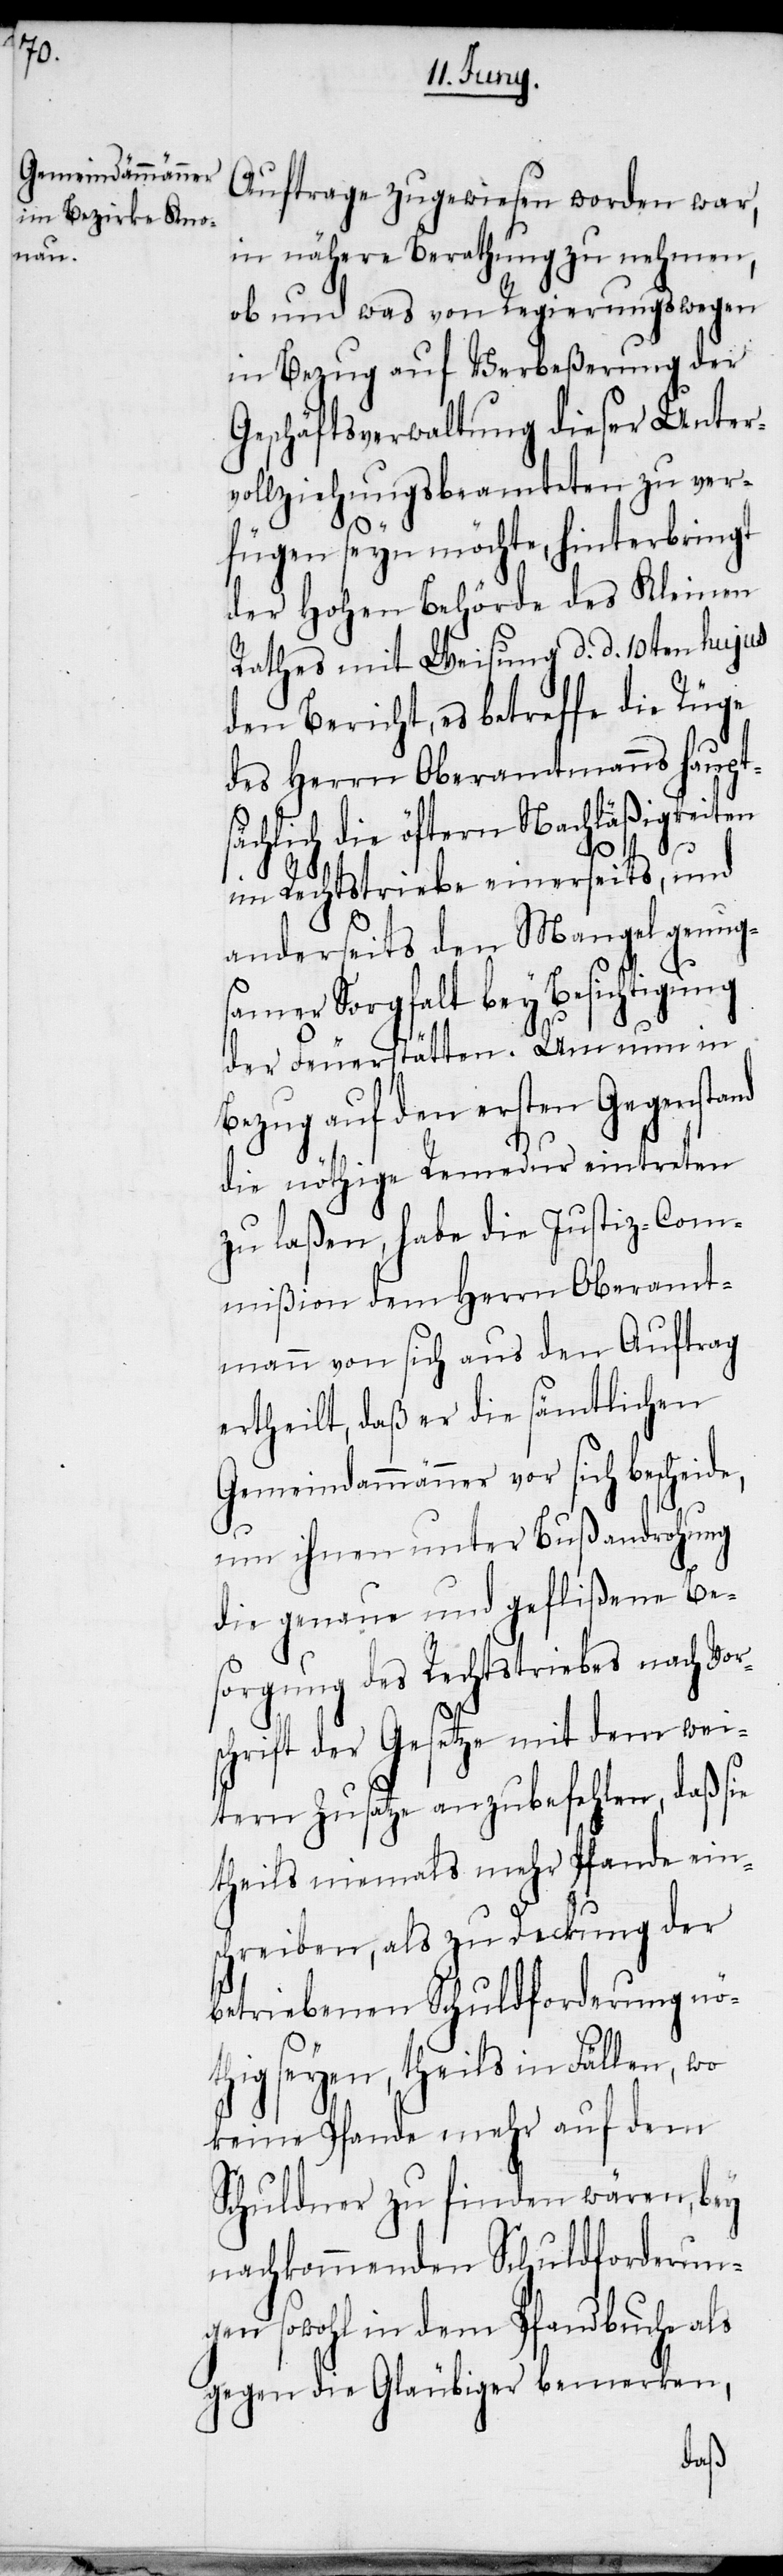
ehlen,

Auftrage zugewiesen worden war,
in nähere Berathung zu nehmen,
ob und was von Regierungswegen
in Bezug auf Verbeßerung der
Geschäftsverwaltung dieser Unter¬
vollziehungsbeamteten zu ver¬
fügen seyn möchte, hinterbringt
der Hohen Behörde des Kleinen
Rathes mit Weisung d. d. 10ten huj¬
den Bericht, es betreffe die Rüge
des Herrn Oberamtmanns hau¬
sächlich die öftern Nachläßigkeiten
pt¬
im Rechtstriebe einerseits, und
anderseits den Mangel genug¬
samer Sorgfalt bey Besichtigung
der Feuerstätten. Um nun in
Bezug auf den ersten Gegenstand
die nöthige Remedur eintreten
zu laßen, habe die Justiz-Com¬
mißion dem Herrn Oberamt¬
mann von sich aus den Auftrag
ertheilt, daß er die sämtlichen
Gemeindammänner vor sich bescheid¬
um ihnen unter Bußandrohung
die genaue und gefließene Be¬
V¬
sorgung des Rechtstriebes
chrift der Gesetze mit dem
ein¬
tern Zusatze anzubef¬
theils niemals mehr Pfande
schreiben, als zu Deckung der
betriebenen Schuldforderung nö¬
thig seyen, theils in Fällen, wo
keine Pfande mehr auf dem
Schuldner zu finden wären, bey
nachkommenden Schuldforderun¬
gen sowohl in dem Pfandbuche als
gegen die Gläubiger bemerken,
daß